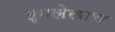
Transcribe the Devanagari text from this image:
झालेलाच